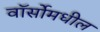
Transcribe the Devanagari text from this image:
वॉर्सोमधील